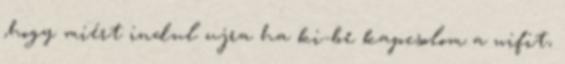
,hogy miért indul ujra ha ki-be kapcsolom a wifit,